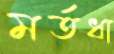
মর্তধা